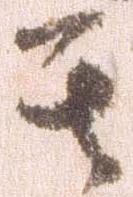
其